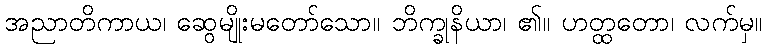
အညာတိကာယ၊ ဆွေမျိုးမတော်သော။ ဘိက္ခုနိယာ၊ ၏။ ဟတ္ထတော၊ လက်မှ။